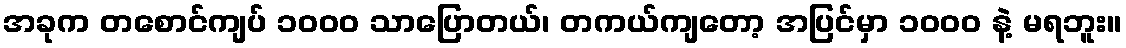
အခုက တစောင်ကျပ် ၁၀၀၀ သာပြောတယ်၊ တကယ်ကျတော့ အပြင်မှာ ၁၀၀၀ နဲ့ မရဘူး။